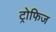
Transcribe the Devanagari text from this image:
ट्रोफिज